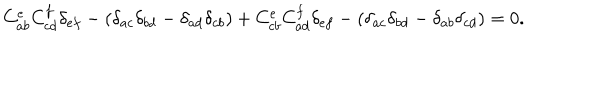
LaTeX: C _ { a b } ^ { e } C _ { c d } ^ { f } \delta _ { e f } - ( \delta _ { a c } \delta _ { b d } - \delta _ { a d } \delta _ { c b } ) + C _ { c b } ^ { e } C _ { a d } ^ { f } \delta _ { e f } - ( \delta _ { a c } \delta _ { b d } - \delta _ { a b } \delta _ { c d } ) = 0 .